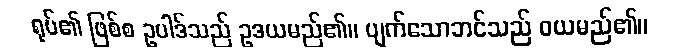
ရုပ်၏ ဖြစ်စ ဥပါဒ်သည် ဥဒယမည်၏။ ပျက်သောဘင်သည် ဝယမည်၏။